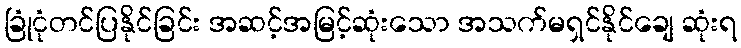
ခြုံငုံတင်ပြနိုင်ခြင်း အဆင့်အမြင့်ဆုံးသော အသက်မရှင်နိုင်ချေ ဆုံးရ